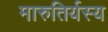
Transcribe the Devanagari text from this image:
मारुतिर्यस्य